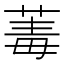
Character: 䓯